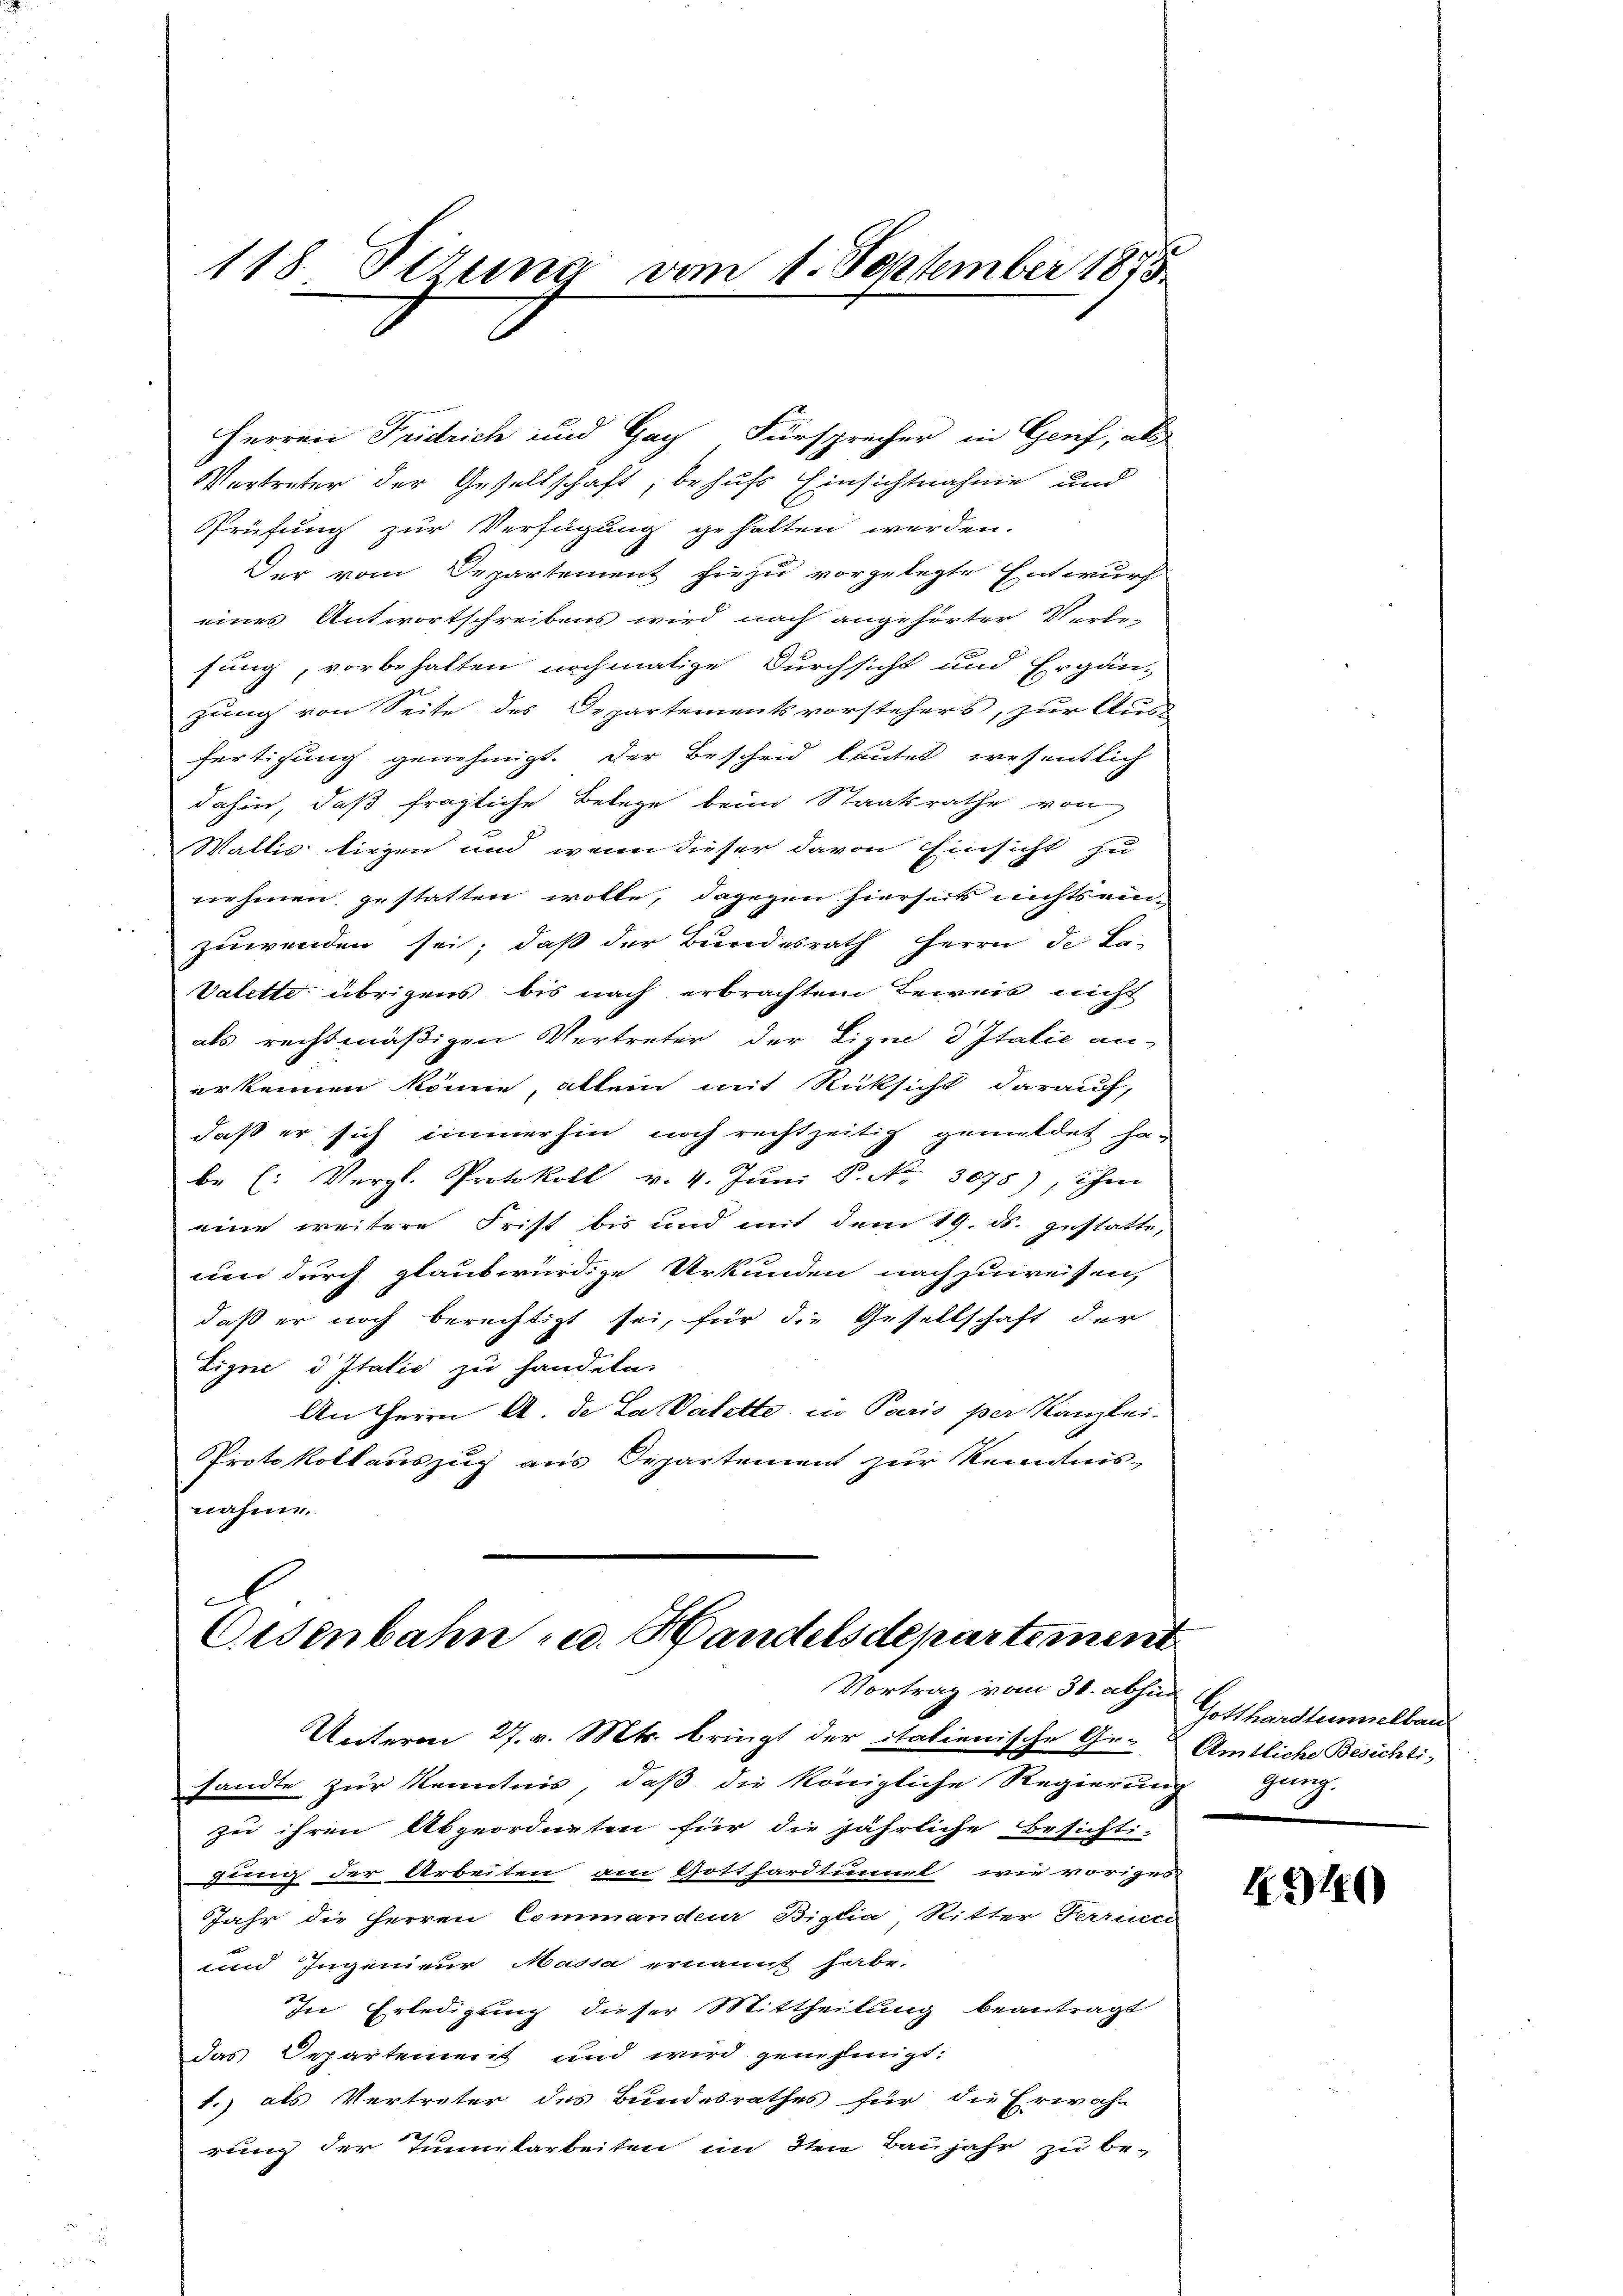
118. Sitzung vom 1. September 1885

Herren Fridrich und Gag Fürsprecher in Genf, als
Vertreter der Gesellschaft, behufs Einsichtnahme und
Prüfung zur Verfügung gehalten werden.
Der vom Departement hiezu vorgelegte Entwurf
eines Antwortschreibens wird nach angehörter Verle-
sung, vorbehalten nochmalige Durchsicht und Ergän-
zung von Seite des Departementsvorstehers, zur Auss
fertigung genehmigt. Der Bescheid lautet, wesentlich
dahin, daß fragliche Belege beim Staatsrathe von
Wallis liegen und wenn dieser davon Einsicht zu
nehmen gestatten wolle, dagegen hierseits nichtsein-
zuwenden sei; daß der Bundesrath Herrn de La-
Valette übrigens bis nach erbrachtem Beweis nicht
als rechtmäßigen Vertreter der Eigne d Italie an-
erkennen könne, allein mit Rücksicht darauf,
daß er sich immerhin noch rechtzeitig gemildet habe (: Vergl. Protokoll v. 4. Jŭni S. Nr. 3075), ihm
eine weitere Frist bis und mit dem 19. ds. gestatte,
um durch glaubwürdige Urkunden nachzuweissen,
daß er noch berechtigt sei, für die Gesellschaft der
Eigne d Italić zu handeln.
An Herrn A. de La Valette in Paris per Kanzlei-
Protokollauszug aus Departement zur Kenntnis-
nahme.
E

Unterm 27. v. Mts. bringt der italienische Ge- Amtliche Besichtisandte zur Kenntnis, daß die königliche Regierung
zu ihren Abgeordneten für die jährliche Besichti-
gung der Arbeiten am Gotthardtunnel wie vorigen
Jahr die Herren Commandeur Biglia Ritter Ferrucci
und Ingenieur Massa ernannt habe.
In Erledigung dieser Mittheilung beantragt
das Departement und wird genehmigt:
1.) als Vertreter des Bundesrathes für die Erwähn
rung der Tunnelarbeiten im 3ten Baujahr zu be¬

Eisenbahn u. Handelsdepartement
Vortrag vom 30. abzu Gotthardtumselbar

gung.

1340)